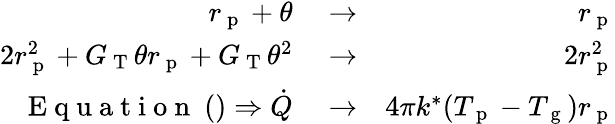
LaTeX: \begin{array}{rlr}{r_{\mathrm{~p~}}+\theta}&{{}\rightarrow}&{r_{\mathrm{~p~}}}\\ {2r_{\mathrm{~p~}}^{2}+G_{\mathrm{~T~}}\theta r_{\mathrm{~p~}}+G_{\mathrm{~T~}}\theta^{2}}&{{}\rightarrow}&{2r_{\mathrm{~p~}}^{2}}\\ {\mathrm{~E~q~u~a~t~i~o~n~}~()\Rightarrow\dot{Q}}&{{}\rightarrow}&{4\pi k^{*}(T_{\mathrm{~p~}}-T_{\mathrm{~g~}})r_{\mathrm{~p~}}}\end{array}